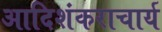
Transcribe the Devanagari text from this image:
आदिशंकराचार्य